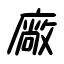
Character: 廠